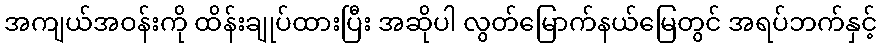
အကျယ်အဝန်းကို ထိန်းချုပ်ထားပြီး အဆိုပါ လွတ်မြောက်နယ်မြေတွင် အရပ်ဘက်နှင့်